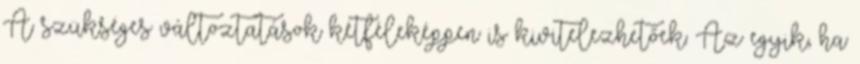
A szükséges változtatások kétféleképpen is kivitelezhetőek: Az egyik, ha